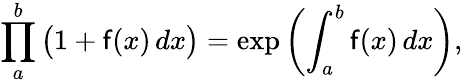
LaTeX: \prod_{a}^{b}{\big(}1+\mathsf{f}(x)\, dx{\big)}=\exp\left(\int_{a}^{b}\mathsf{f}(x)\, dx\right),